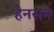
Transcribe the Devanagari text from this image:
हेनसन